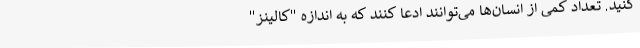
کنید. تعداد کمی از انسان‌ها می‌توانند ادعا کنند که به اندازه "کالینز"